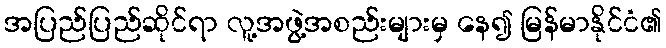
အပြည်ပြည်ဆိုင်ရာ လူ့အဖွဲ့အစည်းများမှ နေ၍ မြန်မာနိုင်ငံ၏